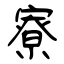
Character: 寮